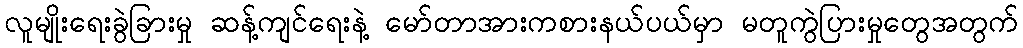
လူမျိုးရေးခွဲခြားမှု ဆန့်ကျင်ရေးနဲ့ မော်တာအားကစားနယ်ပယ်မှာ မတူကွဲပြားမှုတွေအတွက်